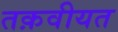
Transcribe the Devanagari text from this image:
तक़वीयत